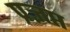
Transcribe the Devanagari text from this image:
प्रज्ञप्त